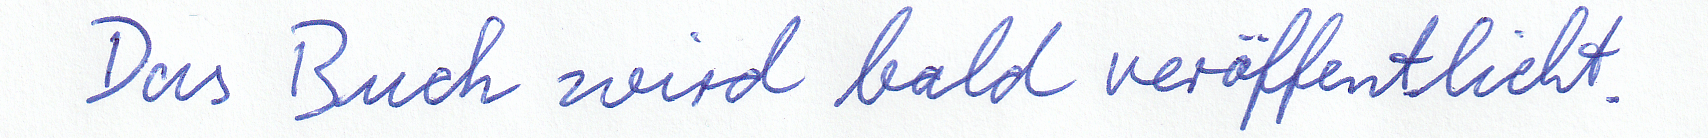
Das Buch wird bald veröffentlicht.